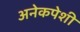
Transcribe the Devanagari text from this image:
अनेकपेशी